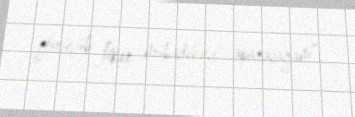
görüşüb fikir mübadiləsi aparacağam”.